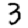
Digit: 3